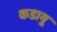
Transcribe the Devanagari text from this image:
कडायू